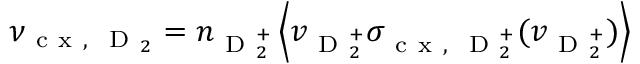
\nu _ { \mathrm { ~ c ~ x ~ , ~ } \mathrm { ~ D ~ } _ { 2 } } = n _ { \mathrm { ~ D ~ } _ { 2 } ^ { + } } \left\langle v _ { \mathrm { ~ D ~ } _ { 2 } ^ { + } } \sigma _ { \mathrm { ~ c ~ x ~ , ~ } \mathrm { ~ D ~ } _ { 2 } ^ { + } } ( v _ { \mathrm { ~ D ~ } _ { 2 } ^ { + } } ) \right\rangle